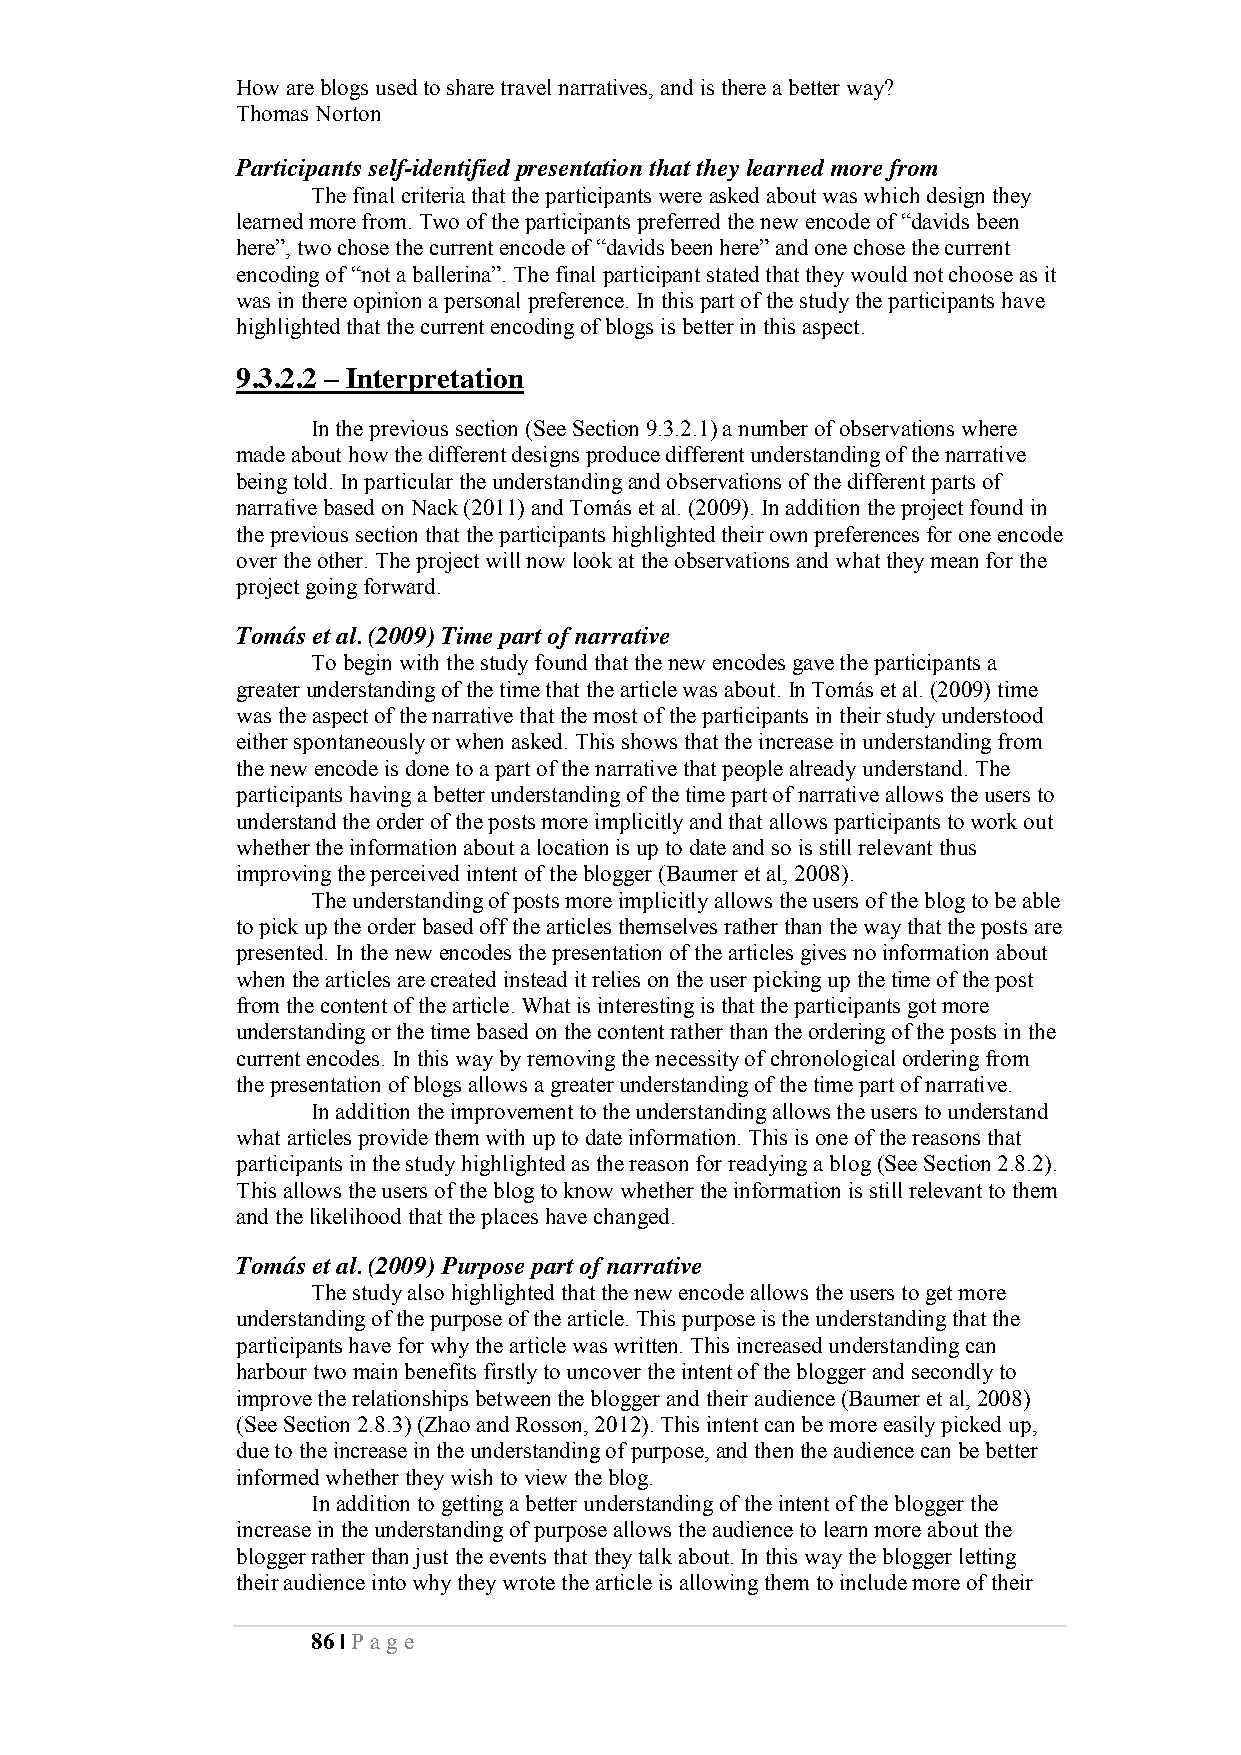
How are blogs used to share travel narratives, and is there a better way?
 Thomas Norton
 Participants self-identified presentation that they learned more from
 The final criteria that the participants were asked about was which design they
 learned more from. Two of the participants preferred the new encode of “davids been
 here”, two chose the current encode of “davids been here” and one chose the current
 encoding of “not a ballerina”. The final participant stated that they would not choose as it
 was in there opinion a personal preference. In this part of the study the participants have
 highlighted that the current encoding of blogs is better in this aspect.
 9.3.2.2 – Interpretation
 In the previous section (See Section 9.3.2.1) a number of observations where
 made about how the different designs produce different understanding of the narrative
 being told. In particular the understanding and observations of the different parts of
 narrative based on Nack (2011) and Tomás et al. (2009). In addition the project found in
 the previous section that the participants highlighted their own preferences for one encode
 over the other. The project will now look at the observations and what they mean for the
 project going forward.
 Tomás et al. (2009) Time part of narrative
 To begin with the study found that the new encodes gave the participants a
 greater understanding of the time that the article was about. In Tomás et al. (2009) time
 was the aspect of the narrative that the most of the participants in their study understood
 either spontaneously or when asked. This shows that the increase in understanding from
 the new encode is done to a part of the narrative that people already understand. The
 participants having a better understanding of the time part of narrative allows the users to
 understand the order of the posts more implicitly and that allows participants to work out
 whether the information about a location is up to date and so is still relevant thus
 improving the perceived intent of the blogger (Baumer et al, 2008).
 The understanding of posts more implicitly allows the users of the blog to be able
 to pick up the order based off the articles themselves rather than the way that the posts are
 presented. In the new encodes the presentation of the articles gives no information about
 when the articles are created instead it relies on the user picking up the time of the post
 from the content of the article. What is interesting is that the participants got more
 understanding or the time based on the content rather than the ordering of the posts in the
 current encodes. In this way by removing the necessity of chronological ordering from
 the presentation of blogs allows a greater understanding of the time part of narrative.
 In addition the improvement to the understanding allows the users to understand
 what articles provide them with up to date information. This is one of the reasons that
 participants in the study highlighted as the reason for readying a blog (See Section 2.8.2).
 This allows the users of the blog to know whether the information is still relevant to them
 and the likelihood that the places have changed.
 Tomás et al. (2009) Purpose part of narrative
 The study also highlighted that the new encode allows the users to get more
 understanding of the purpose of the article. This purpose is the understanding that the
 participants have for why the article was written. This increased understanding can
 harbour two main benefits firstly to uncover the intent of the blogger and secondly to
 improve the relationships between the blogger and their audience (Baumer et al, 2008)
 (See Section 2.8.3) (Zhao and Rosson, 2012). This intent can be more easily picked up,
 due to the increase in the understanding of purpose, and then the audience can be better
 informed whether they wish to view the blog.
 In addition to getting a better understanding of the intent of the blogger the
 increase in the understanding of purpose allows the audience to learn more about the
 blogger rather than just the events that they talk about. In this way the blogger letting
 their audience into why they wrote the article is allowing them to include more of their
 86 | Pa ge